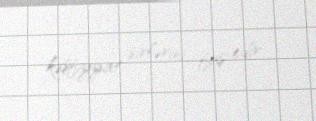
kəşfiyyat sirlərini faş edir.